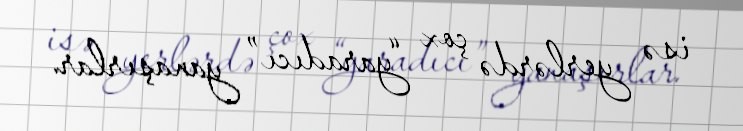
isə yerlərdə çox “yaradıcı” yanaşırlar.